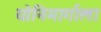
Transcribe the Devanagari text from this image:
योनिमार्गाला